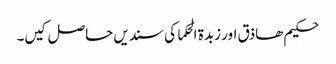
حکیم ھاذق اور زبدۃ الحکما کی سندیں حاصل کیں۔